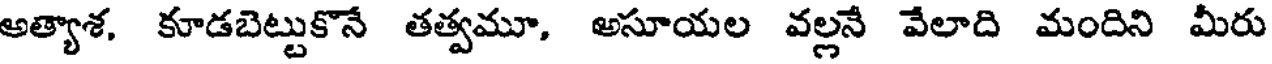
అత్యాశ, కూడబెట్టుకొనే తత్వమూ, అసూయల వల్లనే వేలాది మందిని మీరు